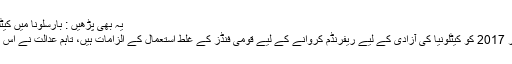
یہ بھی پڑھیں : بارسلونا میں کیٹلونیا کی علیحدگی کے خلاف مظاہرے
کارلس پیجڈی مونت پر بھی یکم اکتوبر 2017 کو کیٹلونیا کی آزادی کے لیے ریفرنڈم کروانے کے لیے قومی فنڈز کے غلط استعمال کے الزامات ہیں، تاہم عدالت نے اس ریفرنڈم کو غیر آئینی قرار دے دیا تھا۔